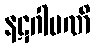
နဋဂါမဏိ